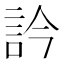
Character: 訡